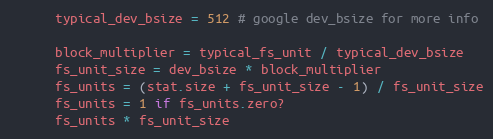
Language: Ruby
      typical_dev_bsize = 512 # google dev_bsize for more info

      block_multiplier = typical_fs_unit / typical_dev_bsize
      fs_unit_size = dev_bsize * block_multiplier
      fs_units = (stat.size + fs_unit_size - 1) / fs_unit_size
      fs_units = 1 if fs_units.zero?
      fs_units * fs_unit_size